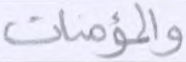
والمؤمنات